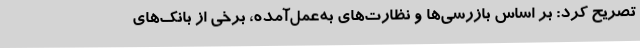
تصریح کرد: بر اساس بازرسی‌ها و نظارت‌های به‌عمل‌آمده، برخی از بانک‌های